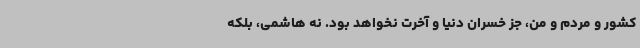
کشور و مردم و من، جز خسران دنیا و آخرت نخواهد بود. نه هاشمی، بلکه